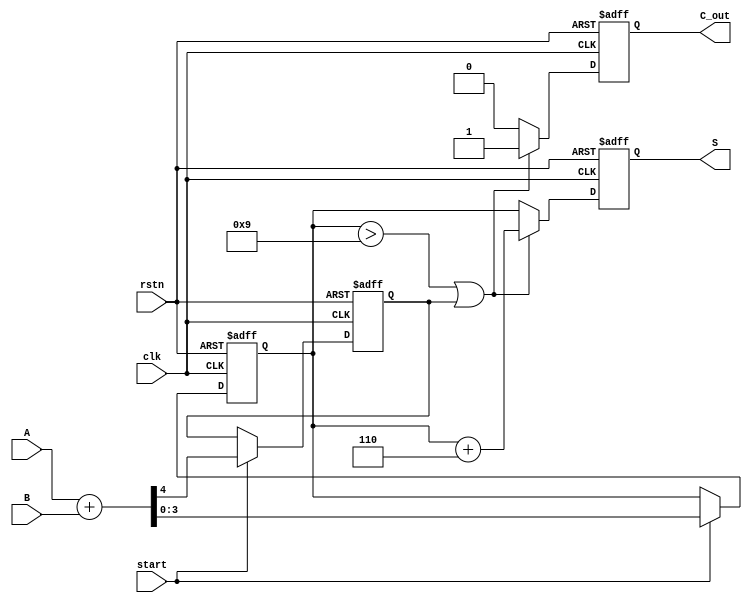
module BCD_Pipelined_Adder (
    input clk,                // Clock signal
    input rstn,              // Active low reset signal
    input [3:0] A,           // BCD input A
    input [3:0] B,           // BCD input B
    input start,             // Control signal to start addition
    output reg [3:0] S,      // BCD result
    output reg C_out         // Carry out signal
);

    reg [3:0] sum_stage1;    // Intermediate sum after binary addition
    reg carry_stage1;        // Carry out from the binary addition
    reg valid_stage2;        // Valid signal for BCD correction phase

    // Stage 1: Binary Addition
    always @(posedge clk or negedge rstn) begin
        if (!rstn) begin
            sum_stage1 <= 4'b0000;
            carry_stage1 <= 1'b0;
        end else if (start) begin
            {carry_stage1, sum_stage1} <= A + B; // Perform binary addition
        end
    end

    // Stage 2: BCD Correction
    always @(posedge clk or negedge rstn) begin
        if (!rstn) begin
            S <= 4'b0000;
            C_out <= 1'b0;
            valid_stage2 <= 1'b0;
        end else begin
            // Check if sum_stage1 is a valid BCD
            if (sum_stage1 > 4'd9 || carry_stage1) begin
                valid_stage2 <= 1'b1; // Indicate a correction is required
                S <= sum_stage1 + 4'd6; // Apply correction
                C_out <= 1'b1; // Generate carry out
            end else begin
                valid_stage2 <= 1'b0; // No correction needed
                S <= sum_stage1; // Keep the sum as is
                C_out <= 1'b0; // No carry out
            end
        end
    end
endmodule